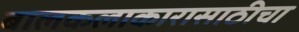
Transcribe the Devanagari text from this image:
बालकलाकारासाठीचा